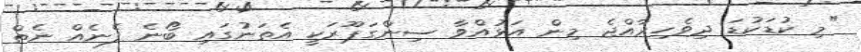
"މި ކުޑަކުޑަ ދިވެހިރާއްޖެ މިން އަޅުއްވާ ސިންގަޕޫރަކީ އެތަނުގައި ބޯނެ ފެނެއް ނެތް